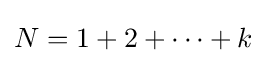
N=1+2+\cdots +k